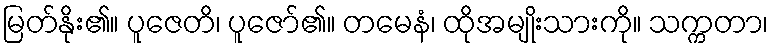
မြတ်နိုး၏။ ပူဇေတိ၊ ပူဇော်၏။ တမေနံ၊ ထိုအမျိုးသားကို။ သက္ကတာ၊